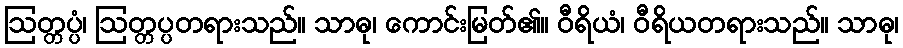
ဩတ္တပ္ပံ၊ ဩတ္တပ္ပတရားသည်။ သာဓု၊ ကောင်းမြတ်၏။ ဝီရိယံ၊ ဝီရိယတရားသည်။ သာဓု၊